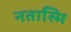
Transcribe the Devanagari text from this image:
नतास्मि